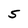
Character: 5